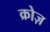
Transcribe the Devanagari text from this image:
क्रोज़